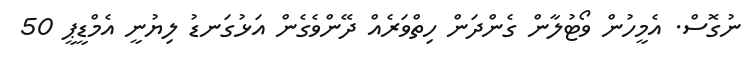
ނުގޮސް. އެމީހުން ވޯޓުލާން ގެންދަން ހިތްވަރެއް ދޭންވެގެން އަޅުގަނޑު ލިޔުނީ އެމްޑީޕީ 50